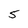
Character: 5